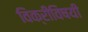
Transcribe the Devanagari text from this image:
विक्रीविषयी